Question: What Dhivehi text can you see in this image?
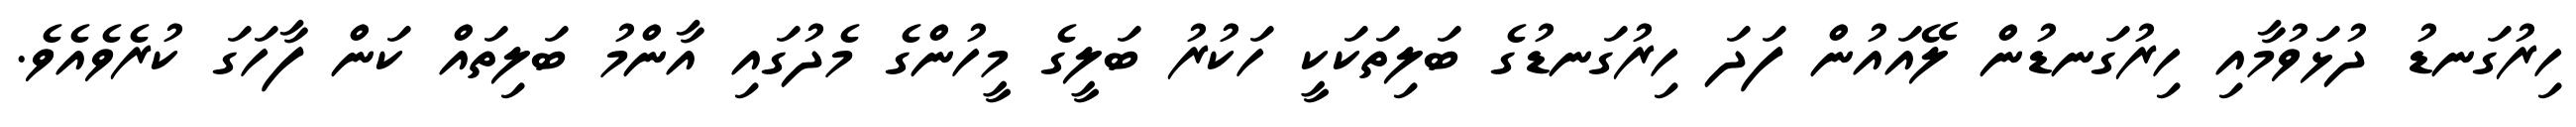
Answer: ހިރުގަނޑު ދުޅަވުމާއި ހިރުގަނޑުން ލޭއައުން ފަދަ ހިރުގަނޑުގެ ބަލިތަކަކީ ހަކުރު ބަލީގެ މީހުންގެ މެދުގައި އާންމު ބަލިތައް ކަން ފާހަގަ ކުރެވެއެވެ.